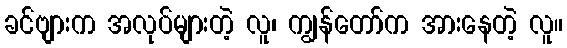
ခင်ဗျားက အလုပ်များတဲ့ လူ၊ ကျွန်တော်က အားနေတဲ့ လူ။